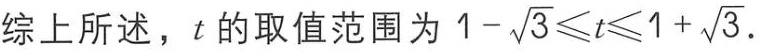
综上所述，\(t\) 的取值范围为 \(1 - \sqrt{3} \leq t \leq 1 + \sqrt{3}\).